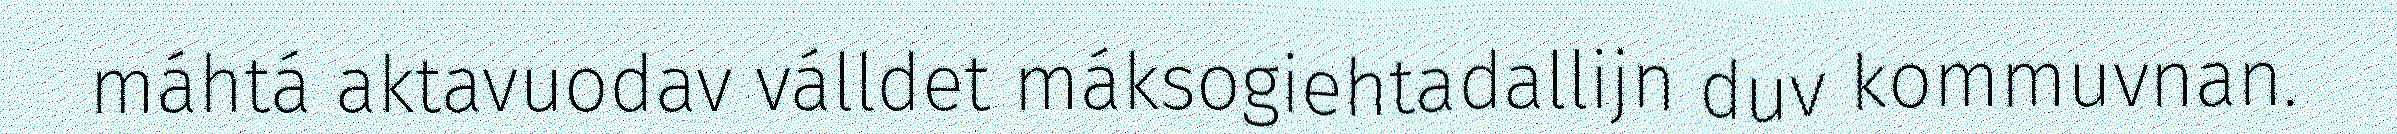
máhtá aktavuodav válldet máksogiehtadallijn duv kommuvnan.